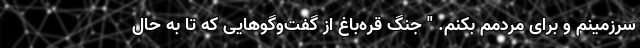
سرزمینم و برای مردمم بکنم. " جنگ قره‌باغ از گفت‌وگوهایی که تا به حال